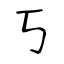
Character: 丂